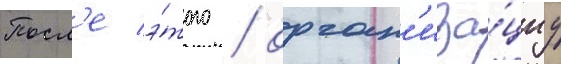
Посл'е э́того / орган'иза́циу